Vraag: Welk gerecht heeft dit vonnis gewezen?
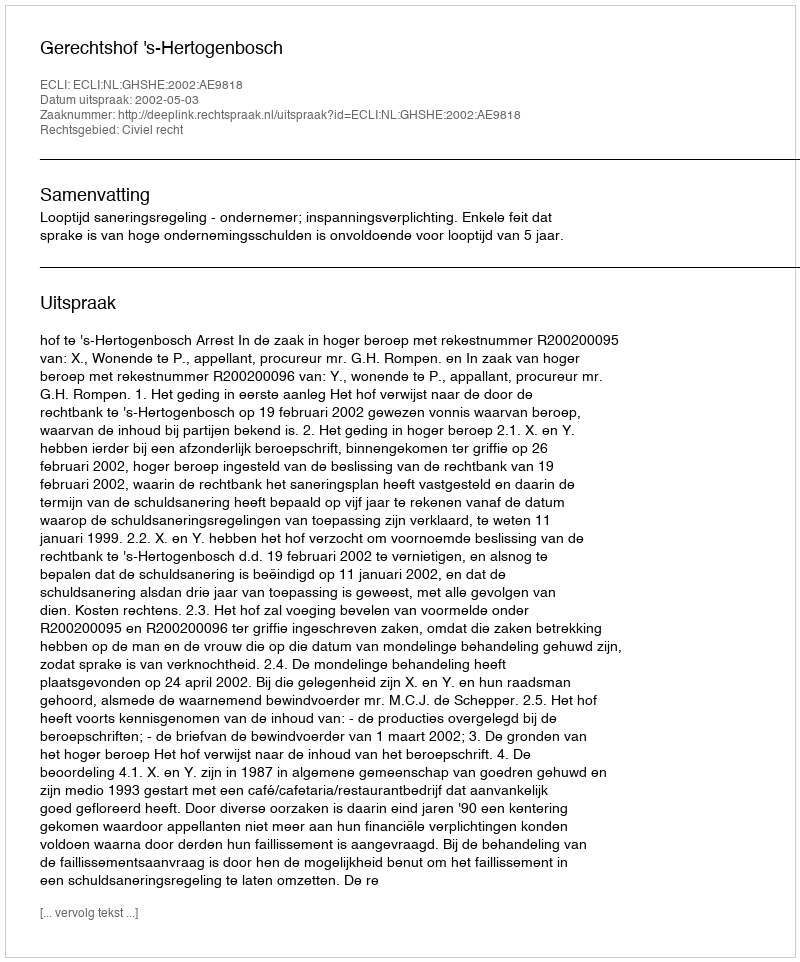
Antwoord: Gerechtshof 's-Hertogenbosch